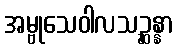
အမ္ဗုသေဝါလသဉ္ဆန္နာ